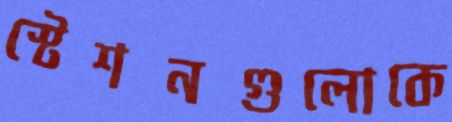
স্টেশনগুলোকে